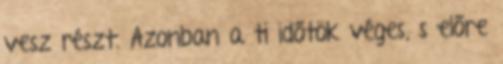
vesz részt. Azonban a ti időtök véges, s előre